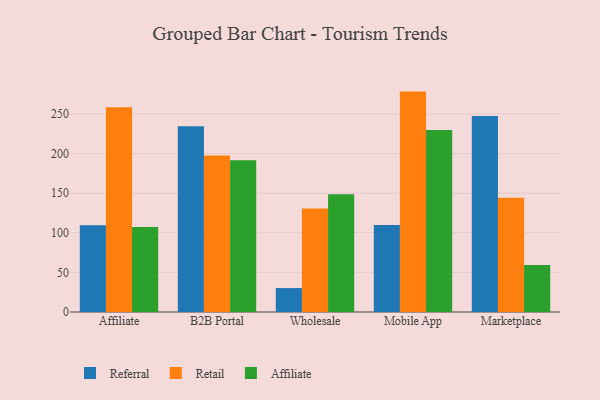
{"axis": {"x": "Channel", "y": "Website Visitors"}, "legend": ["Affiliate", "Referral", "Retail"], "data": [{"x": "Affiliate", "y": 109.4, "type": "Referral"}, {"x": "Affiliate", "y": 258.3, "type": "Retail"}, {"x": "Affiliate", "y": 107.2, "type": "Affiliate"}, {"x": "B2B Portal", "y": 234.4, "type": "Referral"}, {"x": "B2B Portal", "y": 197.6, "type": "Retail"}, {"x": "B2B Portal", "y": 191.6, "type": "Affiliate"}, {"x": "Wholesale", "y": 30.2, "type": "Referral"}, {"x": "Wholesale", "y": 130.7, "type": "Retail"}, {"x": "Wholesale", "y": 148.5, "type": "Affiliate"}, {"x": "Mobile App", "y": 109.7, "type": "Referral"}, {"x": "Mobile App", "y": 278.2, "type": "Retail"}, {"x": "Mobile App", "y": 229.7, "type": "Affiliate"}, {"x": "Marketplace", "y": 247.3, "type": "Referral"}, {"x": "Marketplace", "y": 144.1, "type": "Retail"}, {"x": "Marketplace", "y": 59.3, "type": "Affiliate"}]}